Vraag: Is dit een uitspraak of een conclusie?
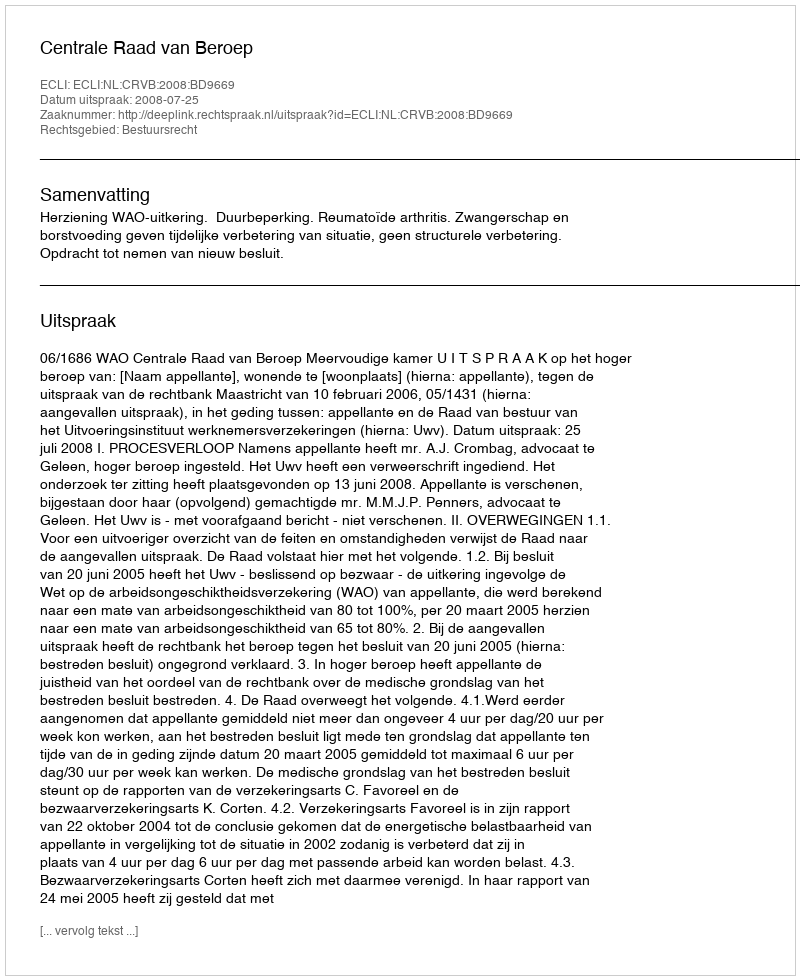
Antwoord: Uitspraak